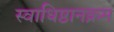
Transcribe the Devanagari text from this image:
स्वाधिष्ठानक्रम